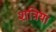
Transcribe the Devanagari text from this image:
शत्रिया